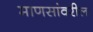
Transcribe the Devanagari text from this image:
माणसांवरील